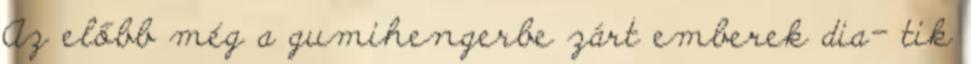
Az előbb még a gumihengerbe zárt emberek dia- tik